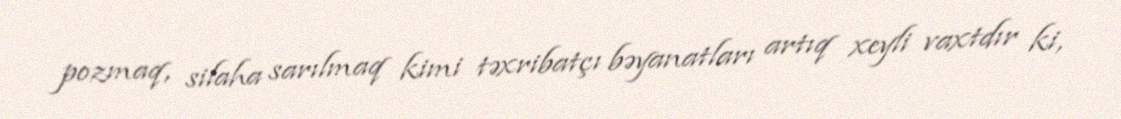
pozmaq, silaha sarılmaq kimi təxribatçı bəyanatları artıq xeyli vaxtdır ki,